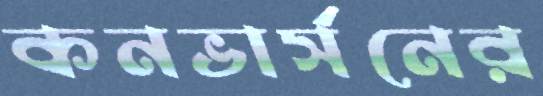
কনভার্সনের